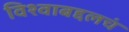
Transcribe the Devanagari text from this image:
विश्वाबद्दलचं